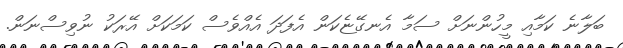
ބަލާނެ ކަމާއި މީހުންނަށް ސަމާ އެނގޭޏެކަން އެފަދަ އެއްވެސް ކަމަކަށް އޭރަކު ނުވިސްނަން.